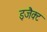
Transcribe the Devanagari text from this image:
इजैक्ट